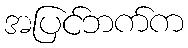
အပြင်ဘက်က